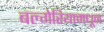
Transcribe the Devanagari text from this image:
बल्गेरियामधून